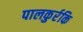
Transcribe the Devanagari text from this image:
पालकुर्रकि